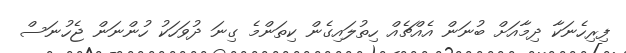
ފިރިހެނަކާ ދިމާއަށް ބުނަން އެއްޗެއް ހިތުލައިގެން ކިތަންމެ ގިނަ ދުވަހަކު ހުންނަން ޖެހުނަސް